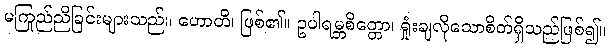
မကြည်ညိုခြင်းများသည်။ ဟောတိ၊ ဖြစ်၏။ ဥပါရမ္ဘစိတ္တော၊ ရှုံးချလိုသောစိတ်ရှိသည်ဖြစ်၍။